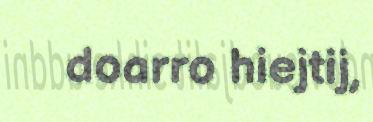
doarro hiejtij,